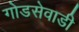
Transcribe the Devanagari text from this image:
गोडसेवाडी